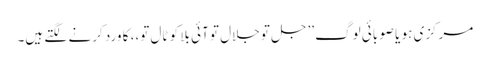
مرکزی ہو یا صوبائی لوگ ’’جل تو جلال تو آئی بلا کو ٹال تو،، کا ورد کرنے لگتے ہیں۔